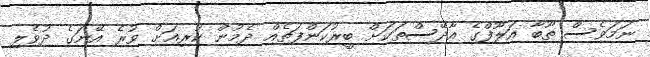
ނަމަވެސް ތޫބާ އަލޫފްގެ އާދޭސްތަކަށް ބީރުކަންފަތެއް ދެމުން ކުރިއަށް ވުރެ އޭނަގެ ދުވެލި